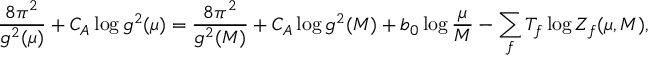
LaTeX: \frac { 8 \pi ^ { 2 } } { g ^ { 2 } ( \mu ) } + C _ { A } \log g ^ { 2 } ( \mu ) = \frac { 8 \pi ^ { 2 } } { g ^ { 2 } ( M ) } + C _ { A } \log g ^ { 2 } ( M ) + b _ { 0 } \log \frac { \mu } { M } - \sum _ { f } T _ { f } \log Z _ { f } ( \mu , M ) ,